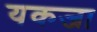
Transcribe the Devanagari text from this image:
यकजा